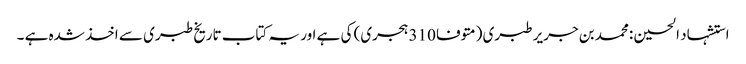
استشہاد الحسین :محمد بن جریر طبری (متوفا 310 ہجری) کی ہے اور یہ کتاب تاریخ طبری سے اخذ شدہ ہے ۔